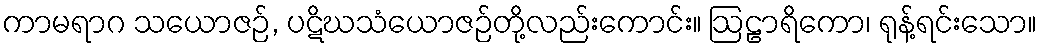
ကာမရာဂ သယောဇဉ်, ပဋိဃသံယောဇဉ်တို့လည်းကောင်း။ ဩဠာရိကော၊ ရုန့်ရင်းသော။